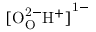
\mathrm { { [ { O _ { O } ^ { 2 - } } { H ^ { + } } ] } ^ { 1 - } }